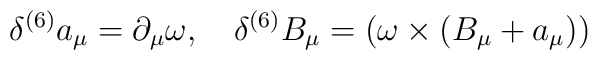
\delta^{(6)} a_{\mu} = \partial_{\mu} \omega, \quad\delta^{(6)} B_{\mu} = (\omega \times (B_{\mu}+a_{\mu}))